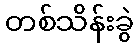
တစ်သိန်းခွဲ